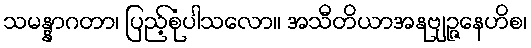
သမန္နာဂတာ၊ ပြည့်စုံပါသလော။ အသီတိယာအနုဗျဉ္ဇနေဟိစ၊